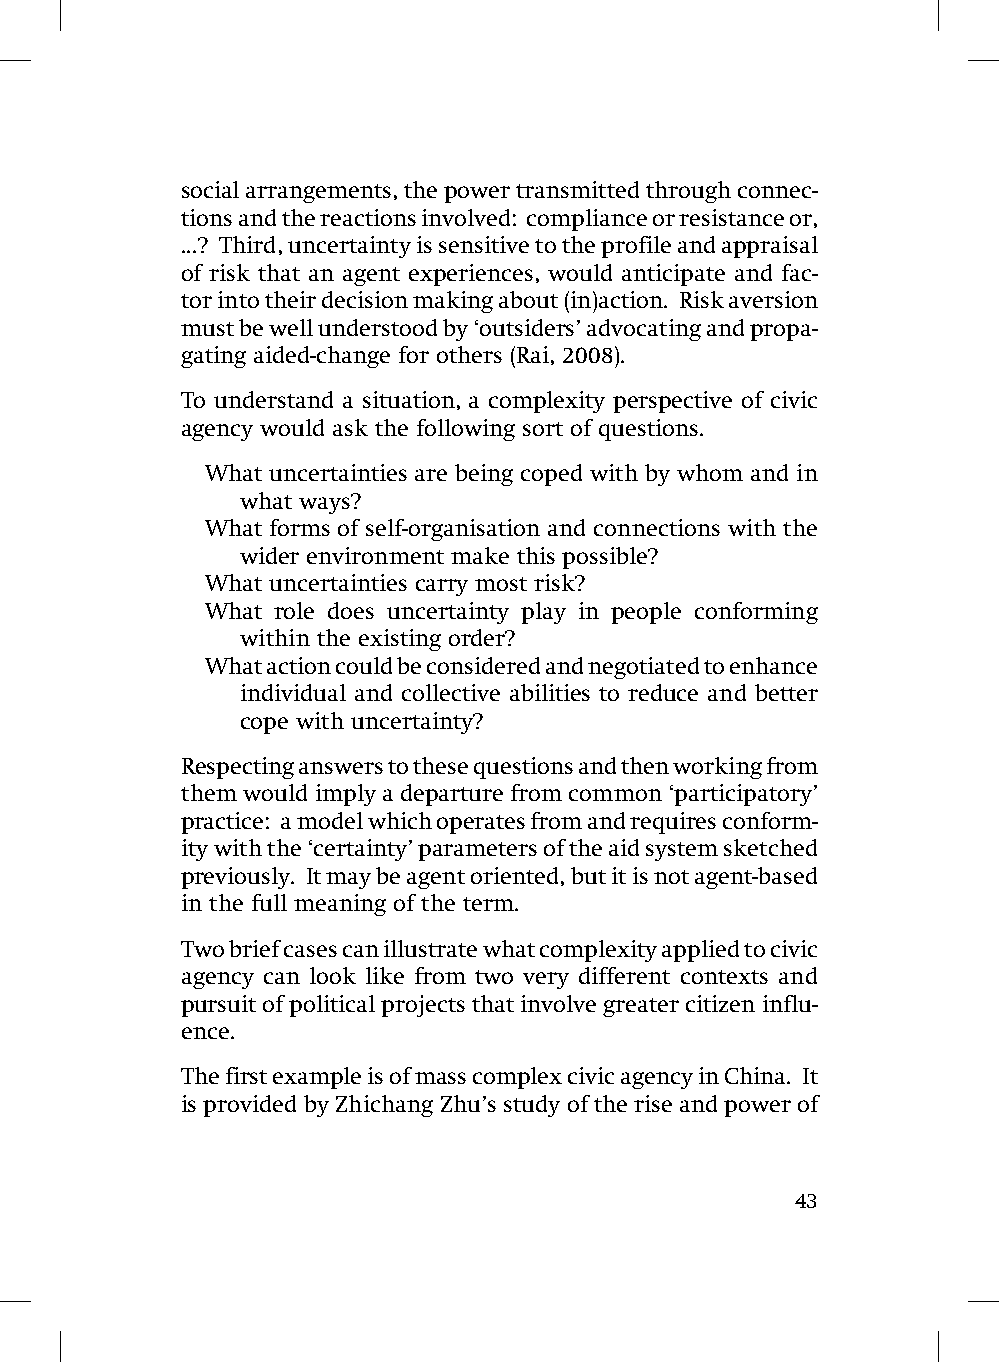
social arrangements, the power transmitted through connec-
 tions and the reactions involved: compliance or resistance or,
 ...? Third, uncertainty is sensitive to the profile and appraisal
 of risk that an agent experiences, would anticipate and fac-
 tor into their decision making about (in)action. Risk aversion
 must be well understood by ‘outsiders’ advocating and propa-
 gating aided-change for others (Rai, 2008).
 To understand a situation, a complexity perspective of civic
 agency would ask the following sort of questions.
 What uncertainties are being coped with by whom and in
 what ways?
 What forms of self-organisation and connections with the
 wider environment make this possible?
 What uncertainties carry most risk?
 What role does uncertainty play in people conforming
 within the existing order?
 What action could be considered and negotiated to enhance
 individual and collective abilities to reduce and better
 cope with uncertainty?
 Respecting answers to these questions and then working from
 them would imply a departure from common ‘participatory’
 practice: a model which operates from and requires conform-
 ity with the ‘certainty’ parameters of the aid system sketched
 previously. It may be agent oriented, but it is not agent-based
 in the full meaning of the term.
 Two brief cases can illustrate what complexity applied to civic
 agency can look like from two very different contexts and
 pursuit of political projects that involve greater citizen influ-
 ence.
 The first example is of mass complex civic agency in China. It
 is provided by Zhichang Zhu’s study of the rise and power of
 43